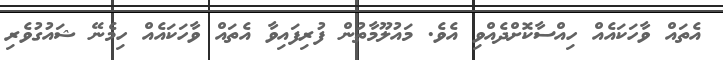
އެތައް ވާހަކައެއް ހިއްސާކޮށްދެއްވި އެވެ. މައުލޫމާތުން ފުރިފައިވާ އެތައް ވާހަކައެއް ހިމެނޭ ޝައުގުވެރި